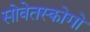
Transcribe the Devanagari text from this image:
सोवेतस्कोगो